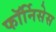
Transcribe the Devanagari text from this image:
फॉर्निसेस